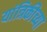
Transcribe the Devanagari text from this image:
यांत्रिकीच्या